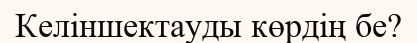
Келіншектауды көрдің бе?